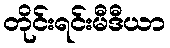
တိုင်းရင်းမီဒီယာ